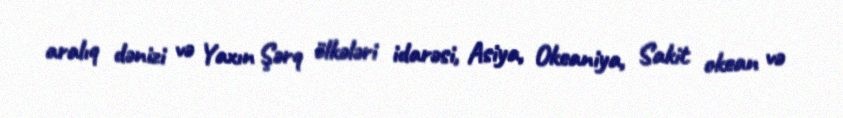
aralıq dənizi və Yaxın Şərq ölkələri idarəsi, Asiya, Okeaniya, Sakit okean və